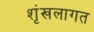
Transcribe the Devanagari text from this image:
शृंखलागत